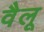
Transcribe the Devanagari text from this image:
वैलू